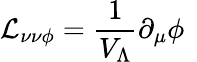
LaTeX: {\mathcal{L}}_{\nu\nu\phi}=\frac{1}{V_{\Lambda}}\partial_{\mu}\phi\; \,